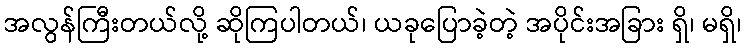
အလွန်ကြီးတယ်လို့ ဆိုကြပါတယ်၊ ယခုပြောခဲ့တဲ့ အပိုင်းအခြား ရှိ၊ မရှိ၊